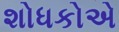
શોધકોએ